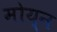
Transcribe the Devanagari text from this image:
मोय्न